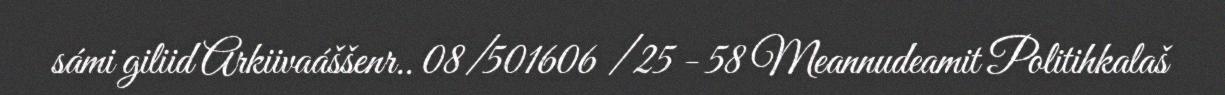
sámi giliid Arkiivaáššenr.. 08/501606 / 25 - 58 Meannudeamit Politihkalaš